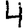
Digit: 4